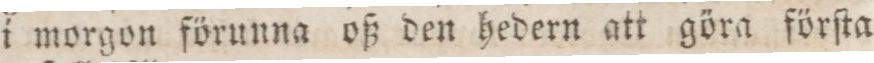
i morgon förunna oß den hedern att göra förſta